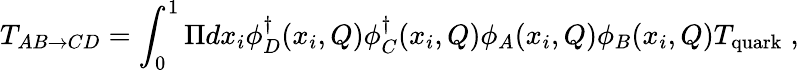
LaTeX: T_{AB\rightarrow CD}=\int_{0}^{1}\Pi dx_{i}\phi_{D}^{\dagger}(x_{i},Q)\phi_{C}^{\dagger}(x_{i},Q)\phi_{A}(x_{i},Q)\phi_{B}(x_{i},Q)T_{\mathrm{quark}}\; ,